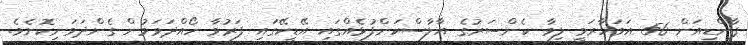
ޕާންޑިއަން 56 އަވަހާރަވީ ލިވާ ކެންސަރުގެ އާލާސްކަންފުޅެއްގައި އޭޑީކޭގައި ފަރުވާ ހޯއްދަވަމުން ގެންދަވަނިކޮށެވެ.